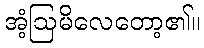
အံ့ဩမိလေတော့၏။